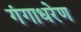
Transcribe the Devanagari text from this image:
गंगाधरेण